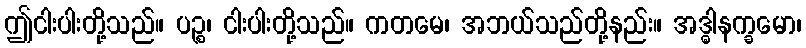
ဤငါးပါးတို့သည်။ ပဉ္စ၊ ငါးပါးတို့သည်။ ကတမေ၊ အဘယ်သည်တို့နည်း။ အဒ္ဓါနက္ခမော၊